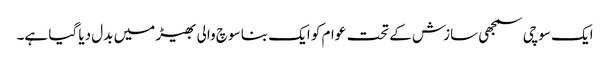
ایک سوچی سمجھی سازش کے تحت عوام کو ایک بنا سوچ والی بھیڑ میں بدل دیا گیا ہے۔